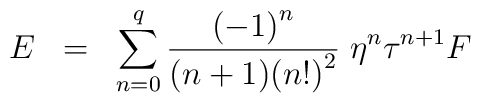
E \;\; = \;\; \sum_{n=0}^{q} {{(-1)}^n \over (n+1){(n!)}^2} \; \eta^n \tau^{n+1} F